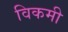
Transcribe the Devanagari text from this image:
विकमी